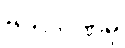
ဗဟိုဘဏ်မှ